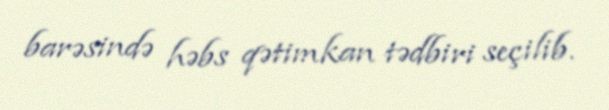
barəsində həbs qətimkan tədbiri seçilib.